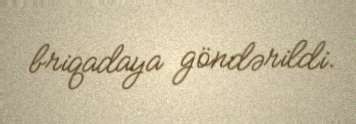
briqadaya göndərildi.